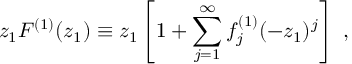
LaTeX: z _ { 1 } { \cal F } ^ { ( 1 ) } ( z _ { 1 } ) \equiv z _ { 1 } \left[ 1 + \sum _ { j = 1 } ^ { \infty } f _ { j } ^ { ( 1 ) } ( - z _ { 1 } ) ^ { j } \right] \ ,